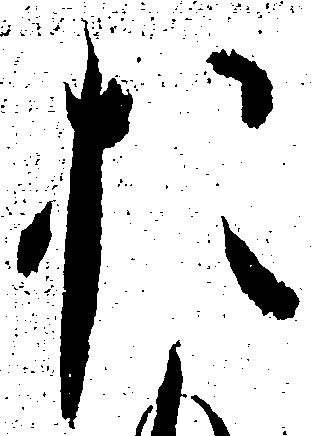
お